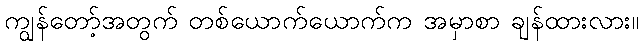
ကျွန်တော့်အတွက် တစ်ယောက်ယောက်က အမှာစာ ချန်ထားလား။